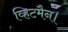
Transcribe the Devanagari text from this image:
व्हिटमैन।